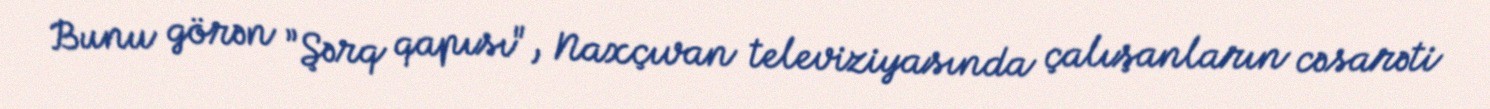
Bunu görən ”Şərq qapısı", Naxçıvan televiziyasında çalışanların cəsarəti